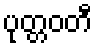
ပုတ္တဝတီ